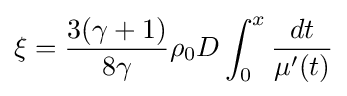
\xi ={\frac {3(\gamma +1)}{8\gamma }}\rho _{0}D\int _{0}^{x}{\frac {dt}{\mu '(t)}}